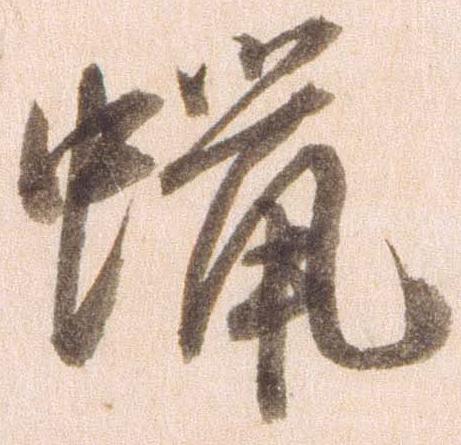
蝋